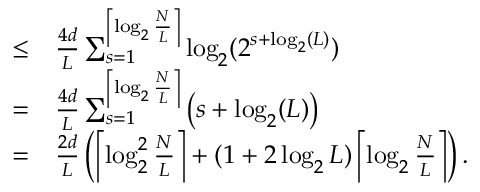
\begin{array} { r l } { \le } & { { } \frac { 4 d } { L } \sum _ { s = 1 } ^ { \left\lceil \log _ { 2 } \frac { N } { L } \right\rceil } \log _ { 2 } ( 2 ^ { s + \log _ { 2 } ( L ) } ) } \\ { = } & { { } \frac { 4 d } { L } \sum _ { s = 1 } ^ { \left\lceil \log _ { 2 } \frac { N } { L } \right\rceil } \left( s + \log _ { 2 } ( L ) \right) } \\ { = } & { { } \frac { 2 d } { L } \left( \left\lceil \log _ { 2 } ^ { 2 } \frac { N } { L } \right\rceil + ( 1 + 2 \log _ { 2 } L ) \left\lceil \log _ { 2 } \frac { N } { L } \right\rceil \right) . } \end{array}